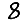
Digit: 8